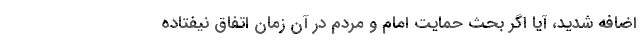
اضافه شدید، آیا اگر بحث حمایت امام و مردم در آن زمان اتفاق نیفتاده